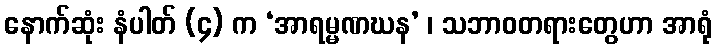
နောက်ဆုံး နံပါတ် (၄) က ‘အာရမ္မဏဃန’ ၊ သဘာဝတရားတွေဟာ အာရုံ